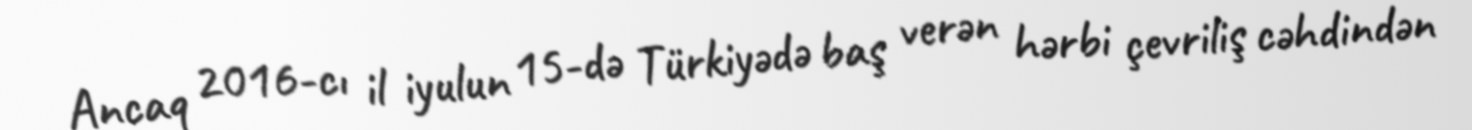
Ancaq 2016-cı il iyulun 15-də Türkiyədə baş verən hərbi çevriliş cəhdindən